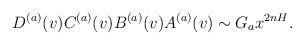
\begin{align*}D^{(a)}(v)C^{(a)}(v)B^{(a)}(v)A^{(a)}(v)\sim G_ax^{2nH}.\end{align*}